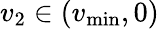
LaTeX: v_{2}\in(v_{\operatorname*{min}},0)